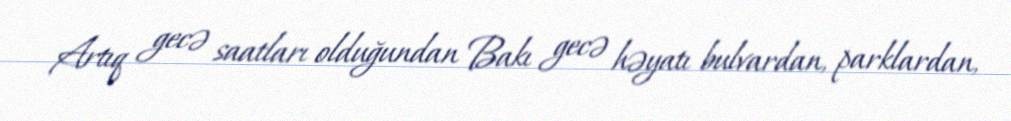
Artıq gecə saatları olduğundan Bakı gecə həyatı bulvardan, parklardan,